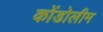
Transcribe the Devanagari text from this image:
कोंडोलीम